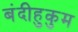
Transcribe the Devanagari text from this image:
बंदीहुकुम